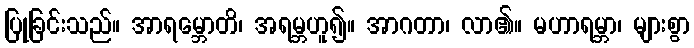
ပြုခြင်းသည်။ အာရမ္ဘောတိ၊ အရမ္ဘဟူ၍။ အာဂတာ၊ လာ၏။ မဟာရမ္ဘာ၊ များစွာ